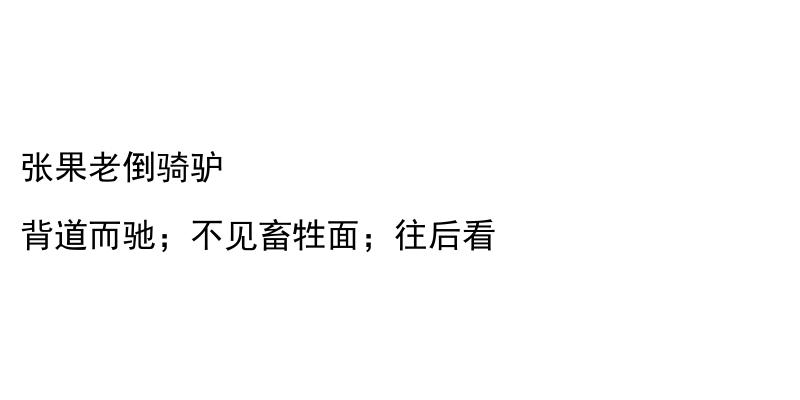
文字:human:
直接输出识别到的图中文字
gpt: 张果老倒骑驴 背道而驰；不见畜牲面；往后看